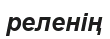
реленің